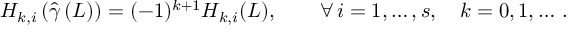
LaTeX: H _ { k , i } \left( { \hat { \gamma } } \left( L \right) \right) = ( - 1 ) ^ { k + 1 } H _ { k , i } ( L ) , \qquad \forall \, i = 1 , \ldots , s , \quad k = 0 , 1 , \ldots \, .